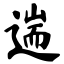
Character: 遄